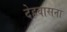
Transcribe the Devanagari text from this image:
देहवासना